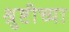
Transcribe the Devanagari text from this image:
श्रुष्टीच्या